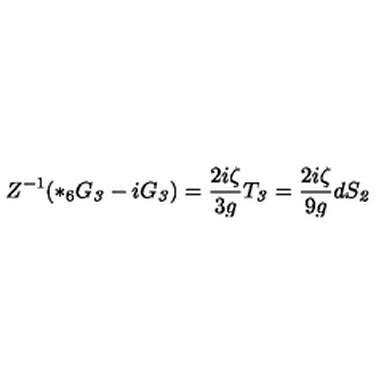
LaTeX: Z ^ { - 1 } ( { * _ { 6 } } G _ { \it 3 } - i G _ { \it 3 } ) = \frac { 2 i \zeta } { 3 g } T _ { \it 3 } = \frac { 2 i \zeta } { 9 g } d S _ { \it 2 }